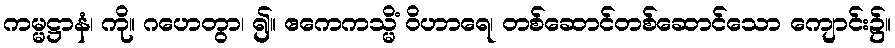
ကမ္မဋ္ဌာနံ၊ ကို။ ဂဟေတွာ၊ ၍။ ဧကေကသ္မိံ ဝိဟာရေ၊ တစ်ဆောင်တစ်ဆောင်သော ကျောင်း၌။